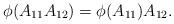
LaTeX: \begin{align*}\phi(A_{11}A_{12})=\phi(A_{11})A_{12}.\end{align*}